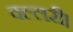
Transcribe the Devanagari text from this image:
वल्लरी।